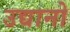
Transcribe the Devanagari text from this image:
उद्यानो